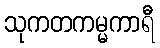
သုကတကမ္မကာရီ